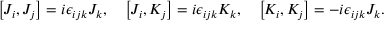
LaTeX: \left[ J _ { i } , J _ { j } \right] = i \epsilon _ { i j k } J _ { k } , \quad \left[ J _ { i } , K _ { j } \right] = i \epsilon _ { i j k } K _ { k } , \quad \left[ K _ { i } , K _ { j } \right] = - i \epsilon _ { i j k } J _ { k } .